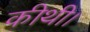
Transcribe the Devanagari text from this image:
कीथी।